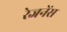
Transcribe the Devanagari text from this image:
रेजनेंस